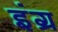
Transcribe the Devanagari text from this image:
इंग्र